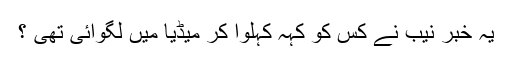
یہ خبر نیب نے کس کو کہہ کہلوا کر میڈیا میں لگوائی تھی ؟